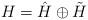
LaTeX: \begin{align*}H=\hat H\oplus \tilde H\end{align*}